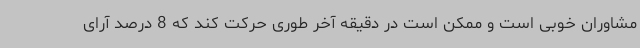
مشاوران خوبی است و ممکن است در دقیقه آخر طوری حرکت کند که 8 درصد آرای